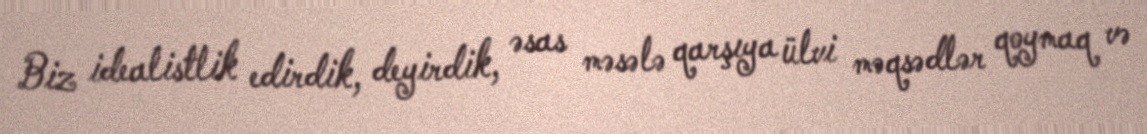
Biz idealistlik edirdik, deyirdik, əsas məsələ qarşıya ülvi məqsədlər qoymaq və